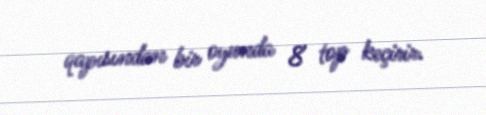
qapısından bir oyunda 8 top keçirir.